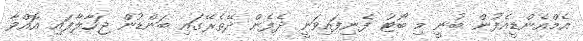
އެމްއެންޑީއެފުން ބުނީ މި ބޯޓު ފެނިފައިވަނީ ދެފެން ދޭތެރޭގައި ބަންޑުން ޖަހާލާފައި އޮއްވާ